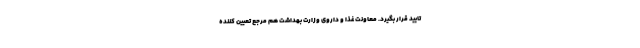
تایید قرار بگیرد. معاونت غذا و داروی وزارت بهداشت هم مرجع تعیین کننده